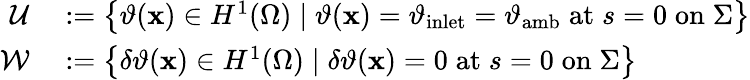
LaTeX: \begin{array}{rl}{\mathcal{U}}&{{}:=\left\{ \vartheta(\mathbf{x})\in H^{1}(\Omega)\; \vert\; \vartheta(\mathbf{x})=\vartheta_{\mathrm{inlet}}=\vartheta_{\mathrm{amb}}\; \mathrm{at}\; s=0\; \mathrm{on}\; \Sigma\right\} }\\ {\mathcal{W}}&{{}:=\left\{ \delta\vartheta(\mathbf{x})\in H^{1}(\Omega)\; \vert\; \delta\vartheta(\mathbf{x})=0\; \mathrm{at}\; s=0\; \mathrm{on}\; \Sigma\right\} }\end{array}